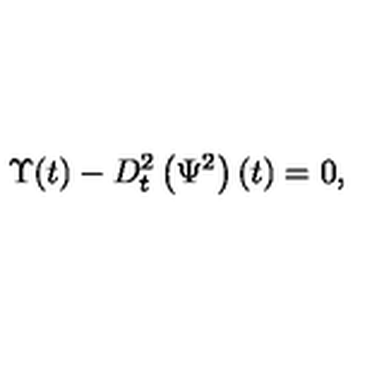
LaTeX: \Upsilon ( t ) - D _ { t } ^ { 2 } \left( \Psi ^ { 2 } \right) ( t ) = 0 ,